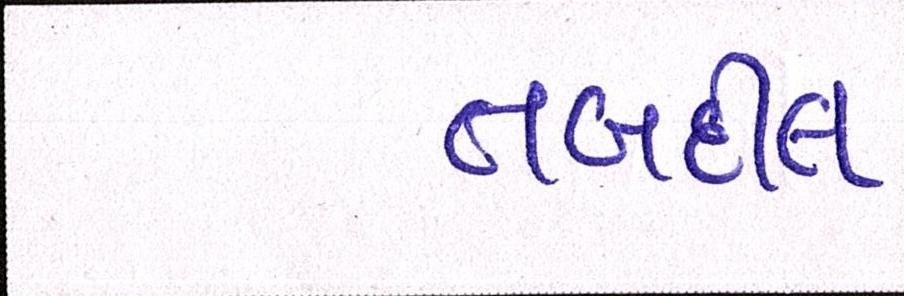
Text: તબદીલ